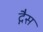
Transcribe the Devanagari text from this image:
द्गैस